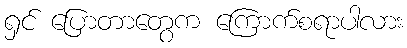
ရှင် ပြောတာတွေက ကြောက်စရာပါလား